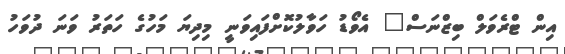
އިން ޓްރެވަލް ބިޒްނަސް" އެވޯޑު ހަވާލުކޮށްފައިވަނީ މިދިޔަ މަހުގެ ހަތަރު ވަނަ ދުވަހު